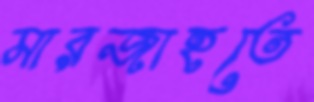
মারজাহতে